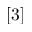
[ 3 ]